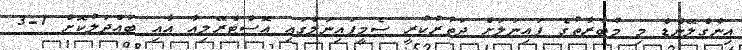
އިންގްލޭންޑް މި މުބާރާތުގެ ފައިނަލަށް ދަތުރުކުރީ ސެމީފައިނަލްގައި އޮސްޓްރޭލިއާ އާއި ބައްދަލުކޮށް 1-3